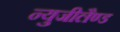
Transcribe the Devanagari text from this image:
न्युजीलैण्ड